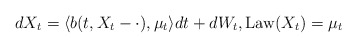
\begin{align*} dX_t=\langle b(t,X_t-\cdot),\mu_t\rangle dt +dW_t,\operatorname{Law}(X_t)=\mu_t\end{align*}